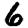
Digit: 6